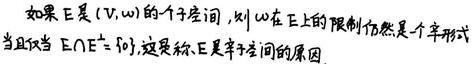
如果 $E$ 是 $(V, \omega)$ 的一个子空间, 则 $\omega$ 在 $E$ 上的限制仍然是一个辛形式当且仅当 $E\cap E^{\perp }=\{ 0\}$, 这是称 $E$ 是辛子空间的原因.